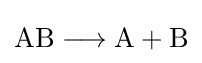
{\mathrm {AB} {}\mathrel {\longrightarrow } {}\mathrm {A} {}+{}\mathrm {B} }